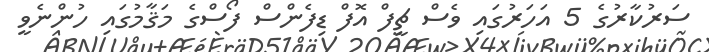
ސަރުކާރުގެ 5 އަހަރުގައި ވެސް ޗީފް އޮފް ޑިފެންސް ފޯސްގެ މަޤާމުގައި ހުންނެވީ